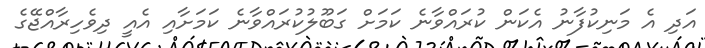
އަދި އެ މަނިކުފާނު އެކަން ކުރައްވާނެ ކަމަށް ގަބޫލުކުރައްވާނެ ކަމަށާއި އެއީ ދިވެހިރާއްޖޭގެ